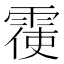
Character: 𮦙